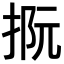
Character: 𢭫